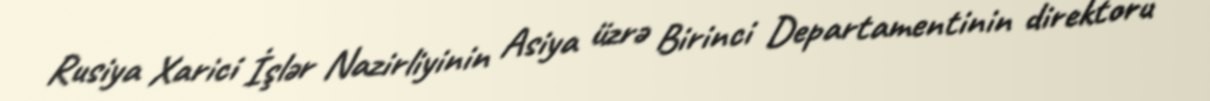
Rusiya Xarici İşlər Nazirliyinin Asiya üzrə Birinci Departamentinin direktoru